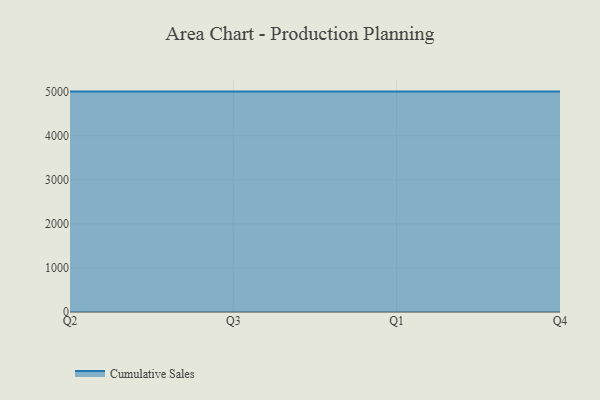
{"axis": {"x": "Quarter", "y": "Budget (USD K)"}, "legend": ["Cumulative Sales"], "data": [{"x": "Q2", "y": 5000, "type": "Cumulative Sales"}, {"x": "Q3", "y": 5000, "type": "Cumulative Sales"}, {"x": "Q1", "y": 5000, "type": "Cumulative Sales"}, {"x": "Q4", "y": 5000, "type": "Cumulative Sales"}]}